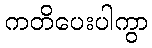
ကတိပေးပါကွာ